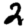
Digit: 2